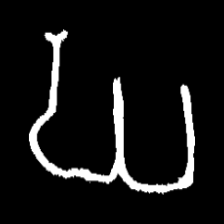
Pyu character \u2014 Myanmar letter: ဃ (romanized: gha)